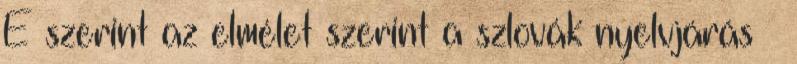
E szerint az elmélet szerint a szlovák nyelvjárás –